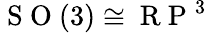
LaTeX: \mathrm{~S~O~}(3)\cong\mathrm{~R~P~}^{3}